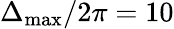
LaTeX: \Delta_{\mathrm{max}}/2\pi=10